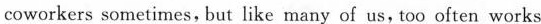
coworkers sometimes, but like many of us, too often works